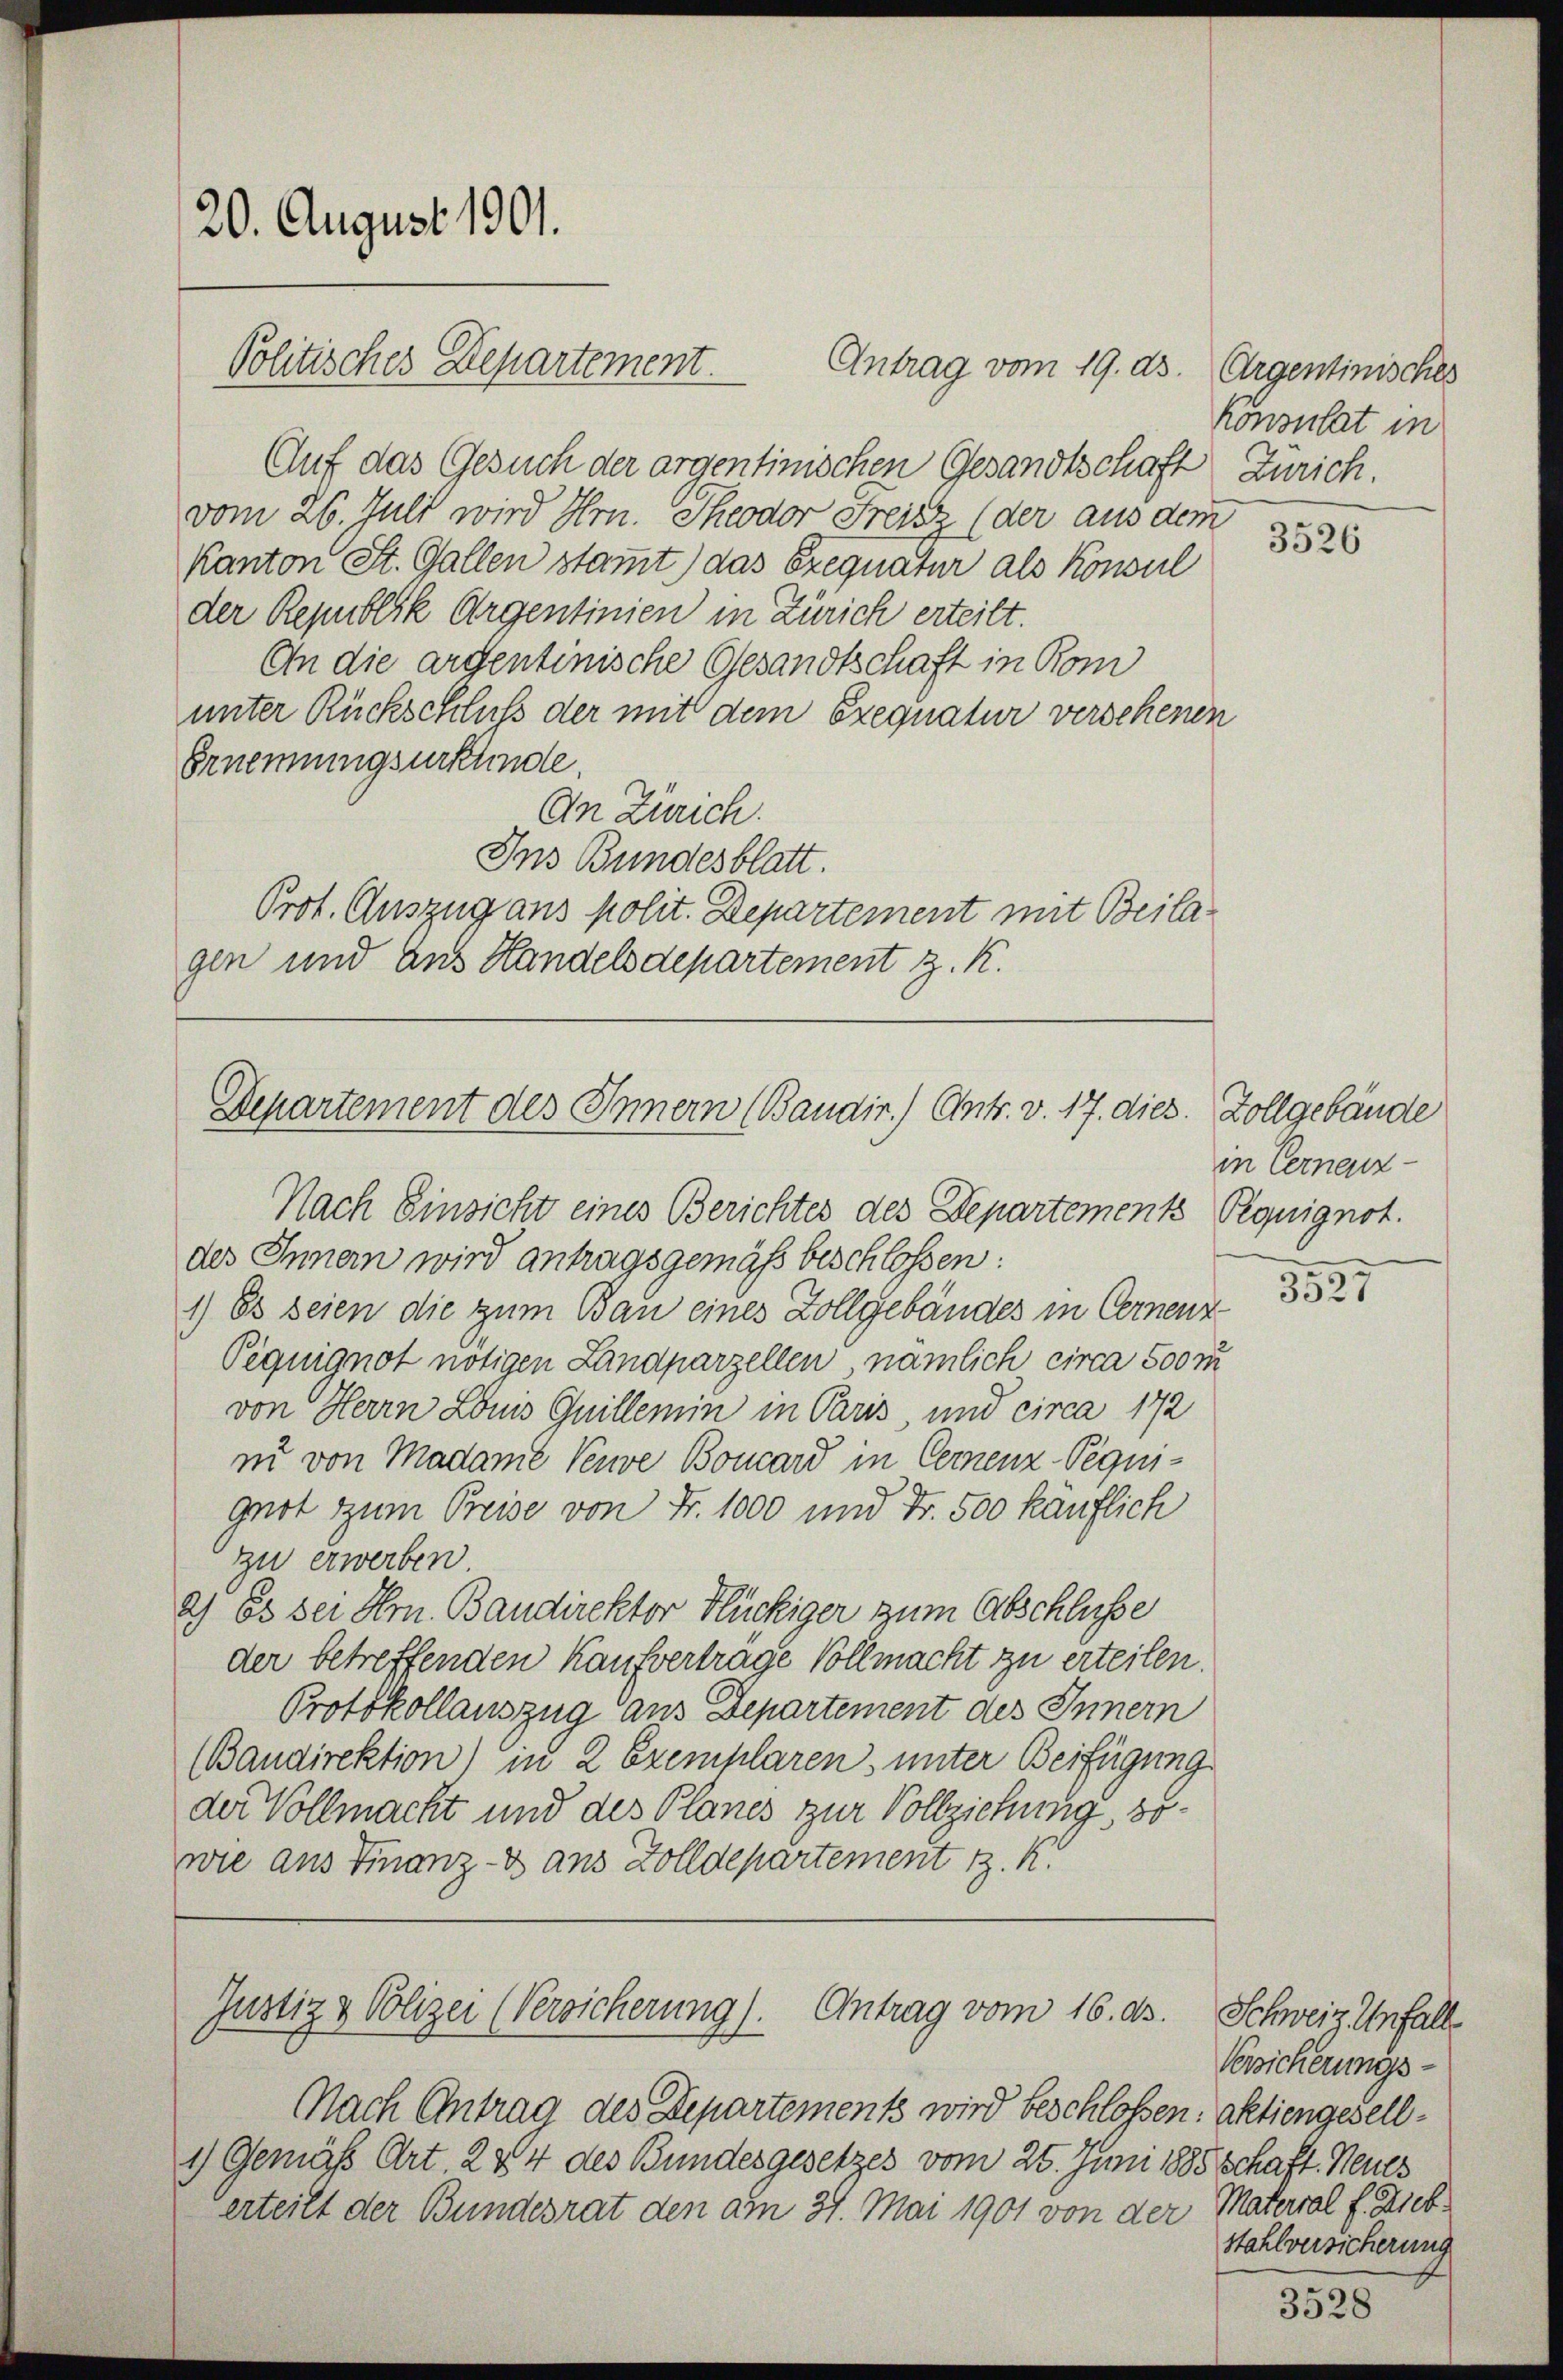
vom 26. Juli wird Hrn. Theodor Freis (der aus dem
Kanton St. Gallen stammt) das Exequatur als Konsul
der Republik Argentinien in Zürich erteilt.
An die argentinische Gesandtschaft in Kom
unter Rückschluß der mit dem Exequatur verschenen
Ernennungsurkunde.
An Zürich.
Ins Bundesblatt.
Prot. Auszug aus polit. Departement mit Beilagen und aus Handelsdepartement z. K.

20. August 1901.
Politisches Departement. Antrag vom 19. ds. Argentinisches

Auf das Gesuch der argentinischen Gesandtschaft Zürich.

Nach Antrag des Departements wird beschlossen: aktiengesell¬
1) Gemäß Art 244 des Bundesgesetzes vom 26. Juni 1885 schaft. Neues
erteilt der Bundesrat den am 31. Mai 1901 von der Material f. Zieb¬

Departement des Innern (Baudir.) Antr. v. 17. dies. Zollgebäude
Nach Einsicht eines Berichtes des Departement Peouignot.

Justiz & Polizei (Versicherung). Antrag vom 16. ds.

Konsulat in

des Innern wird antragsgemäß beschlossen:
1) Es seien die zum Bau eines Zollgebäudes in Cernenz¬
Piguignot nötigen Landparzellen, nämlich circa 500 m
von Herrn Louis Quillemin in Paris und circa 172
z von Madame Veuve Bouard in Cernenz-Pequiguot zum Preise von Fr. 1000 und Fr. 500 käuflich
zu erwerben.
2.) Es sei Hrn. Bandirektor Flückiger zum Abschlusse
der betreffenden Kaufvertrage Vollmacht zu erteilen.
Protokollauszug aus Departement des Innern
(Bandirektion) in 2 Exemplaren, unter Beifügung
der Vollmacht und des Planes zur Vollziehung, sowie aus Finanz-V aus Zolldepartement z. K.

3526

in Cernenz-

3527

Schweiz. Unfall
Versicherungs-
stahlversicherung

3528